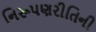
નિરૂપણરીતિની